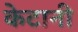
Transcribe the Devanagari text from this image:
केटानी